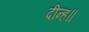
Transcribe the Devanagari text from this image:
दीन्ह॥